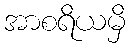
အာစရိယမှိ